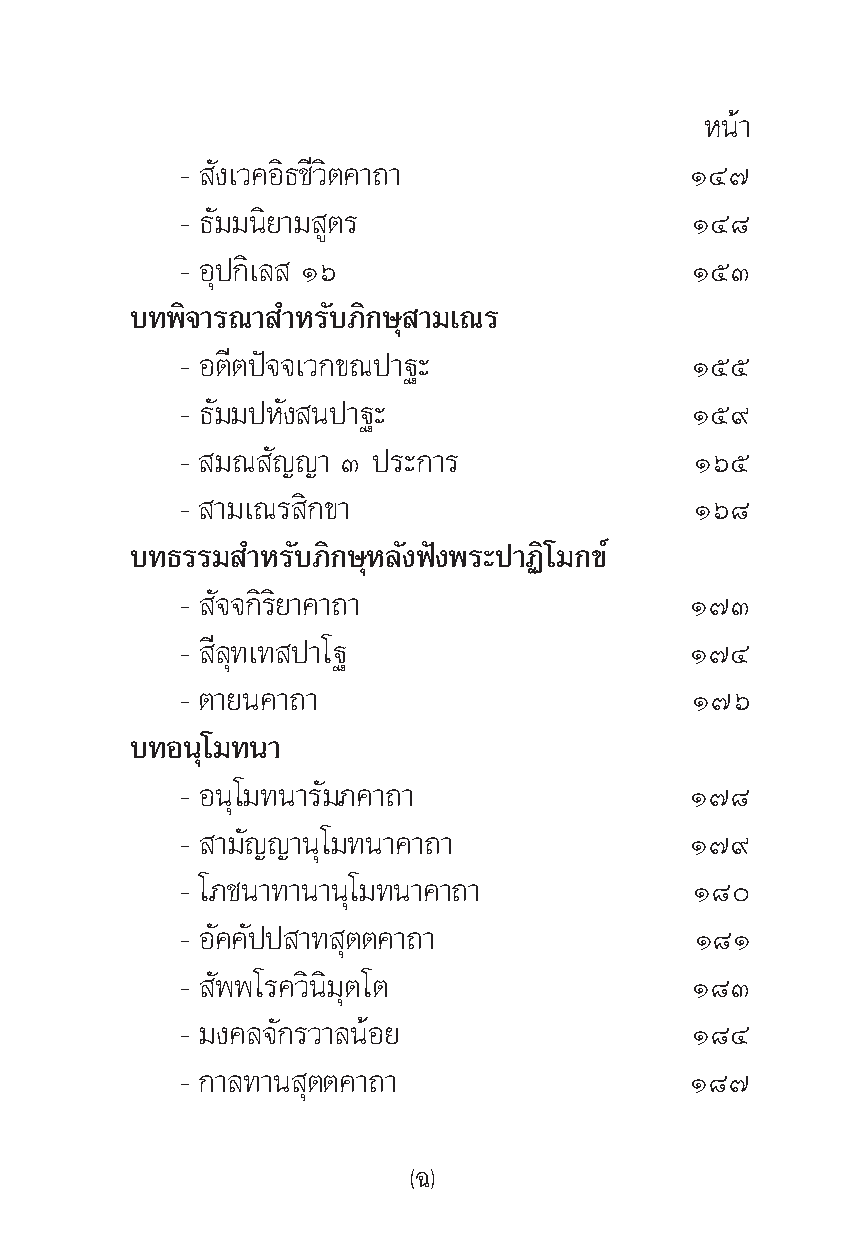
Àπâ“
 - —ß‡«§Õ‘∏™’«‘μ§“∂“               ÒÙ˜
 - ∏—¡¡π‘¬“¡ Ÿμ√                   ÒÙ¯
 - Õÿª°‘‡≈ Òˆ                      ÒıÛ
 ∫∑æ‘®“√≥“ ”À√—∫¿‘°…ÿ “¡‡≥√
 - Õμ’μªí®®‡«°¢≥ª“∞–               Òıı
 - ∏—¡¡ªÀ—ß πª“∞–                  Òı˘
 - ¡≥  —≠≠“ Û ª√–°“√               Òˆı
 - “¡‡≥√ ‘°¢“                      Òˆ¯
 ∫∑∏√√¡ ”À√—∫¿‘°…ÿÀ≈—ßøíßæ√–ª“Ø‘‚¡°¢å
 - —®®°‘√‘¬“§“∂“                   Ò˜Û
 - ’≈ÿ∑‡∑ ª“‚∞                     Ò˜Ù
 - μ“¬π§“∂“                        Ò˜ˆ
 ∫∑Õπÿ‚¡∑π“
 - Õπÿ‚¡∑π“√—¡¿§“∂“                Ò˜¯
 - “¡—≠≠“πÿ‚¡∑π“§“∂“               Ò˜˘
 - ‚¿™π“∑“π“πÿ‚¡∑π“§“∂“            Ò¯
 - Õ—§§—ªª “∑ ÿμμ§“∂“              Ò¯Ò
 - —ææ‚√§«‘π‘¡ÿμ‚μ                 Ò¯Û
 - ¡ß§≈®—°√«“≈πâÕ¬                 Ò¯Ù
 - °“≈∑“π ÿμμ§“∂“                  Ò¯˜
 (©)